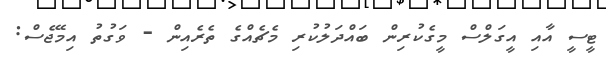
ޓީސީ އާއި އީގަލްސް މީގެކުރިން ބައްދަލުކުރި މެޗެއްގެ ތެރެއިން - ވަގުތު އިމޭޖެސް: